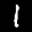
Label: 1